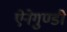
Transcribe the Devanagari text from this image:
ऐनेगुण्डी